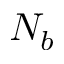
N _ { b }